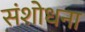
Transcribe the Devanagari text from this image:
संशोधना